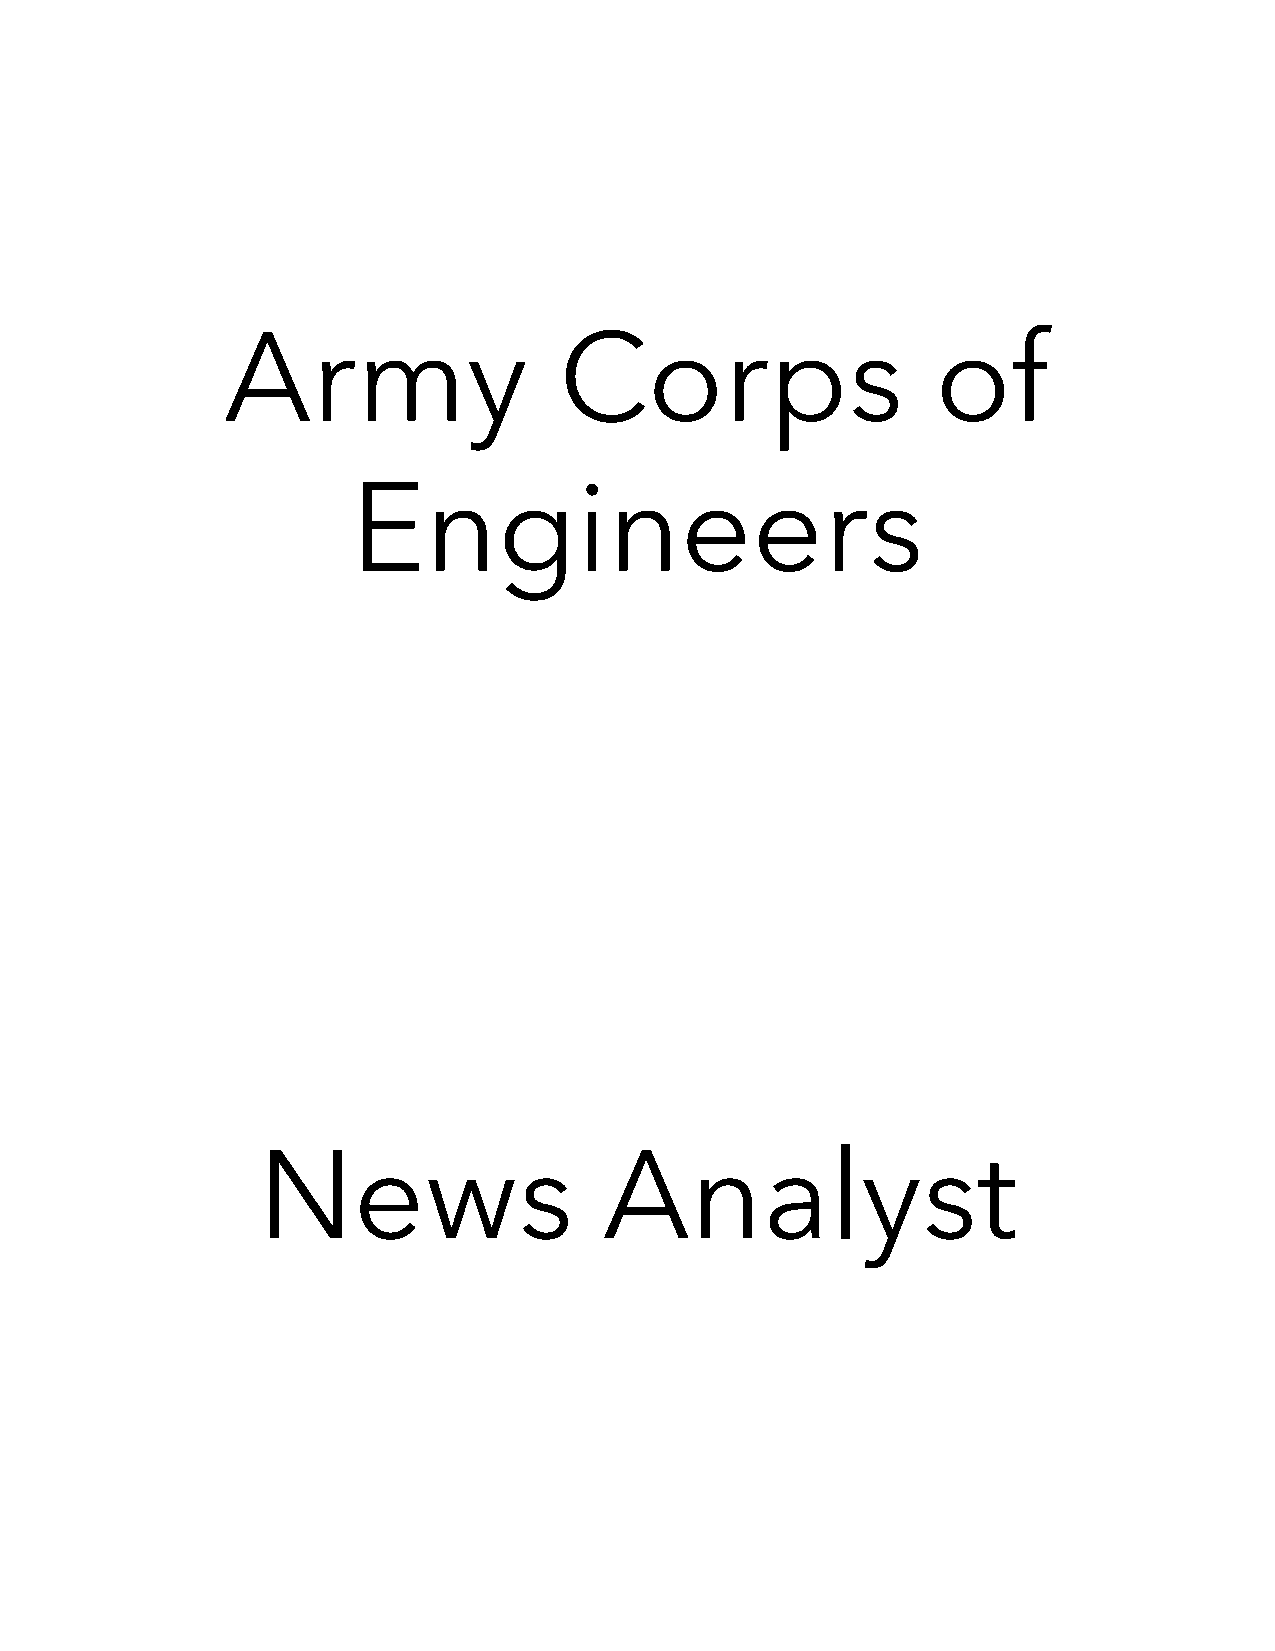
Army                  Corps                    of
 Engineers
 News                   Analyst